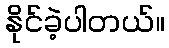
နိုင်ခဲ့ပါတယ်။